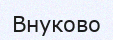
Внуково